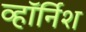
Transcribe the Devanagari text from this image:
व्हॉर्निश